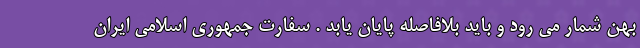
بهن شمار می رود و باید بلافاصله پایان یابد . سفارت جمهوری اسلامی ایران